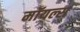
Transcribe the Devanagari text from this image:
मॉयल्स